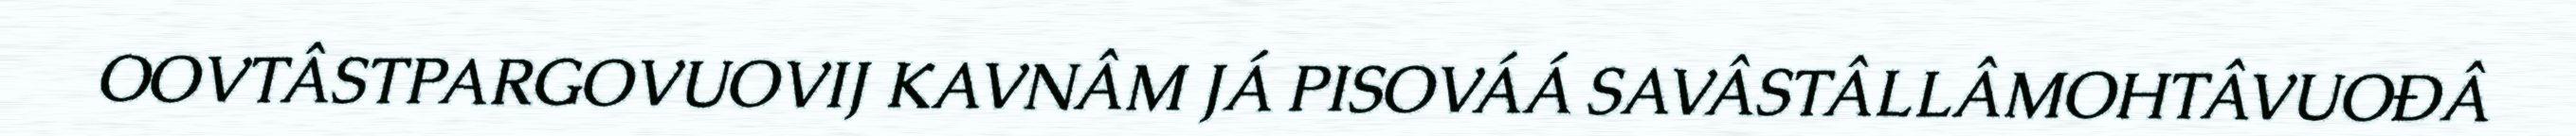
OOVTÂSTPARGOVUOVIJ KAVNÂM JÁ PISOVÁÁ SAVÂSTÂLLÂMOHTÂVUOĐÂ